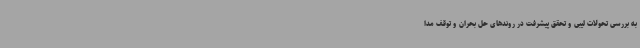
به بررسی تحولات لیبی و تحقق پیشرفت در روندهای حل بحران و توقف مدا